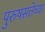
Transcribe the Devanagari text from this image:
पुरुषसत्तेच्या